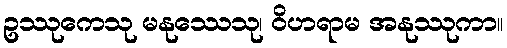
ဥဿုကေသု မနုဿေသု၊ ဝိဟရာမ အနုဿုကာ။